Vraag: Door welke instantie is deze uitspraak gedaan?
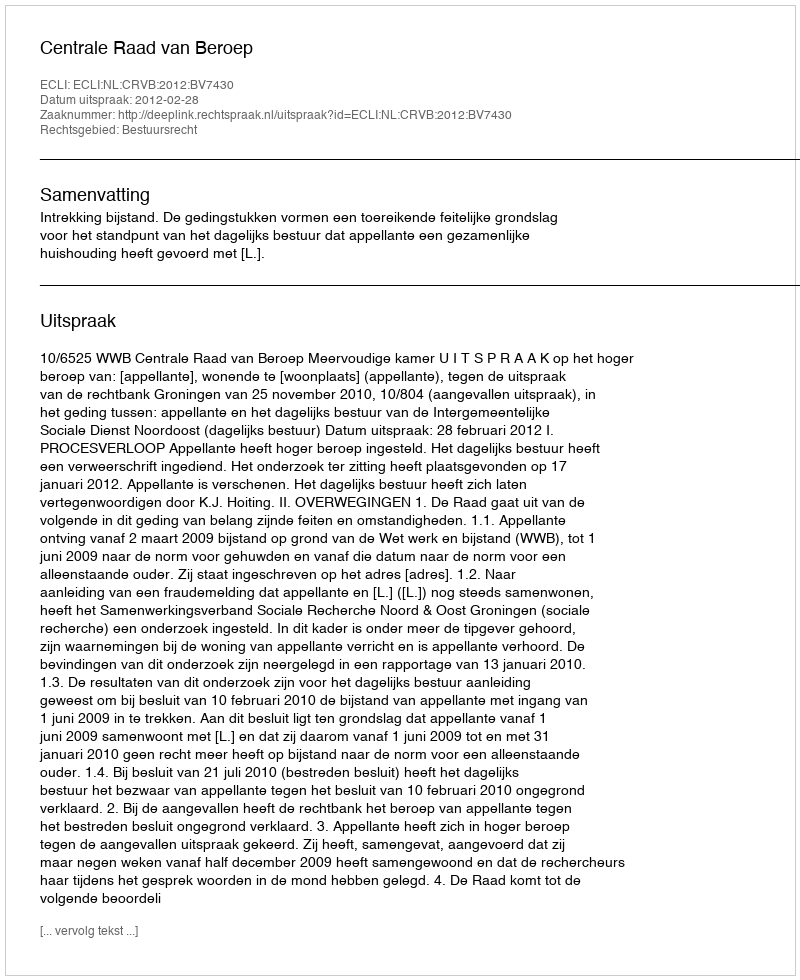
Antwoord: Centrale Raad van Beroep